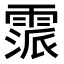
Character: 𩄂